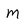
Character: m